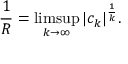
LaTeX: { \frac { 1 } { R } } = \operatorname* { l i m s u p } _ { k \to \infty } | c _ { k } | ^ { \frac { 1 } { k } } .